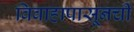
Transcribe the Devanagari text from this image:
विवाहापासूनची